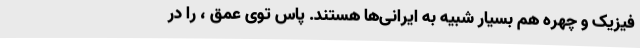
فیزیک و چهره هم بسیار شبیه به ایرانی‌ها هستند. پاس توی عمق ، را در